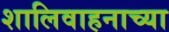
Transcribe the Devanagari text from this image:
शालिवाहनाच्या